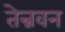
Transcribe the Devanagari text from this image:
तेन्नवन